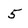
Character: 5